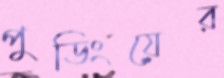
পুডিংয়ের